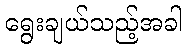
ရွေးချယ်သည့်အခါ